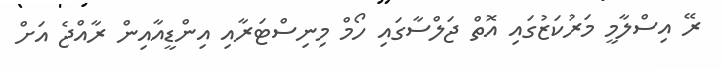
ރޭ އިސްލާމީ މަރުކަޒުގައި އޮތް ޖަލްސާގައި ހޯމް މިނިސްޓަރާއި އިންޑީއާއިން ރާއްޖެ އަށް